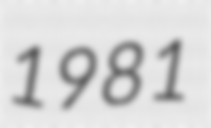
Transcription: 1981